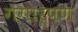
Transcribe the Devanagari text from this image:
गंगार्पण